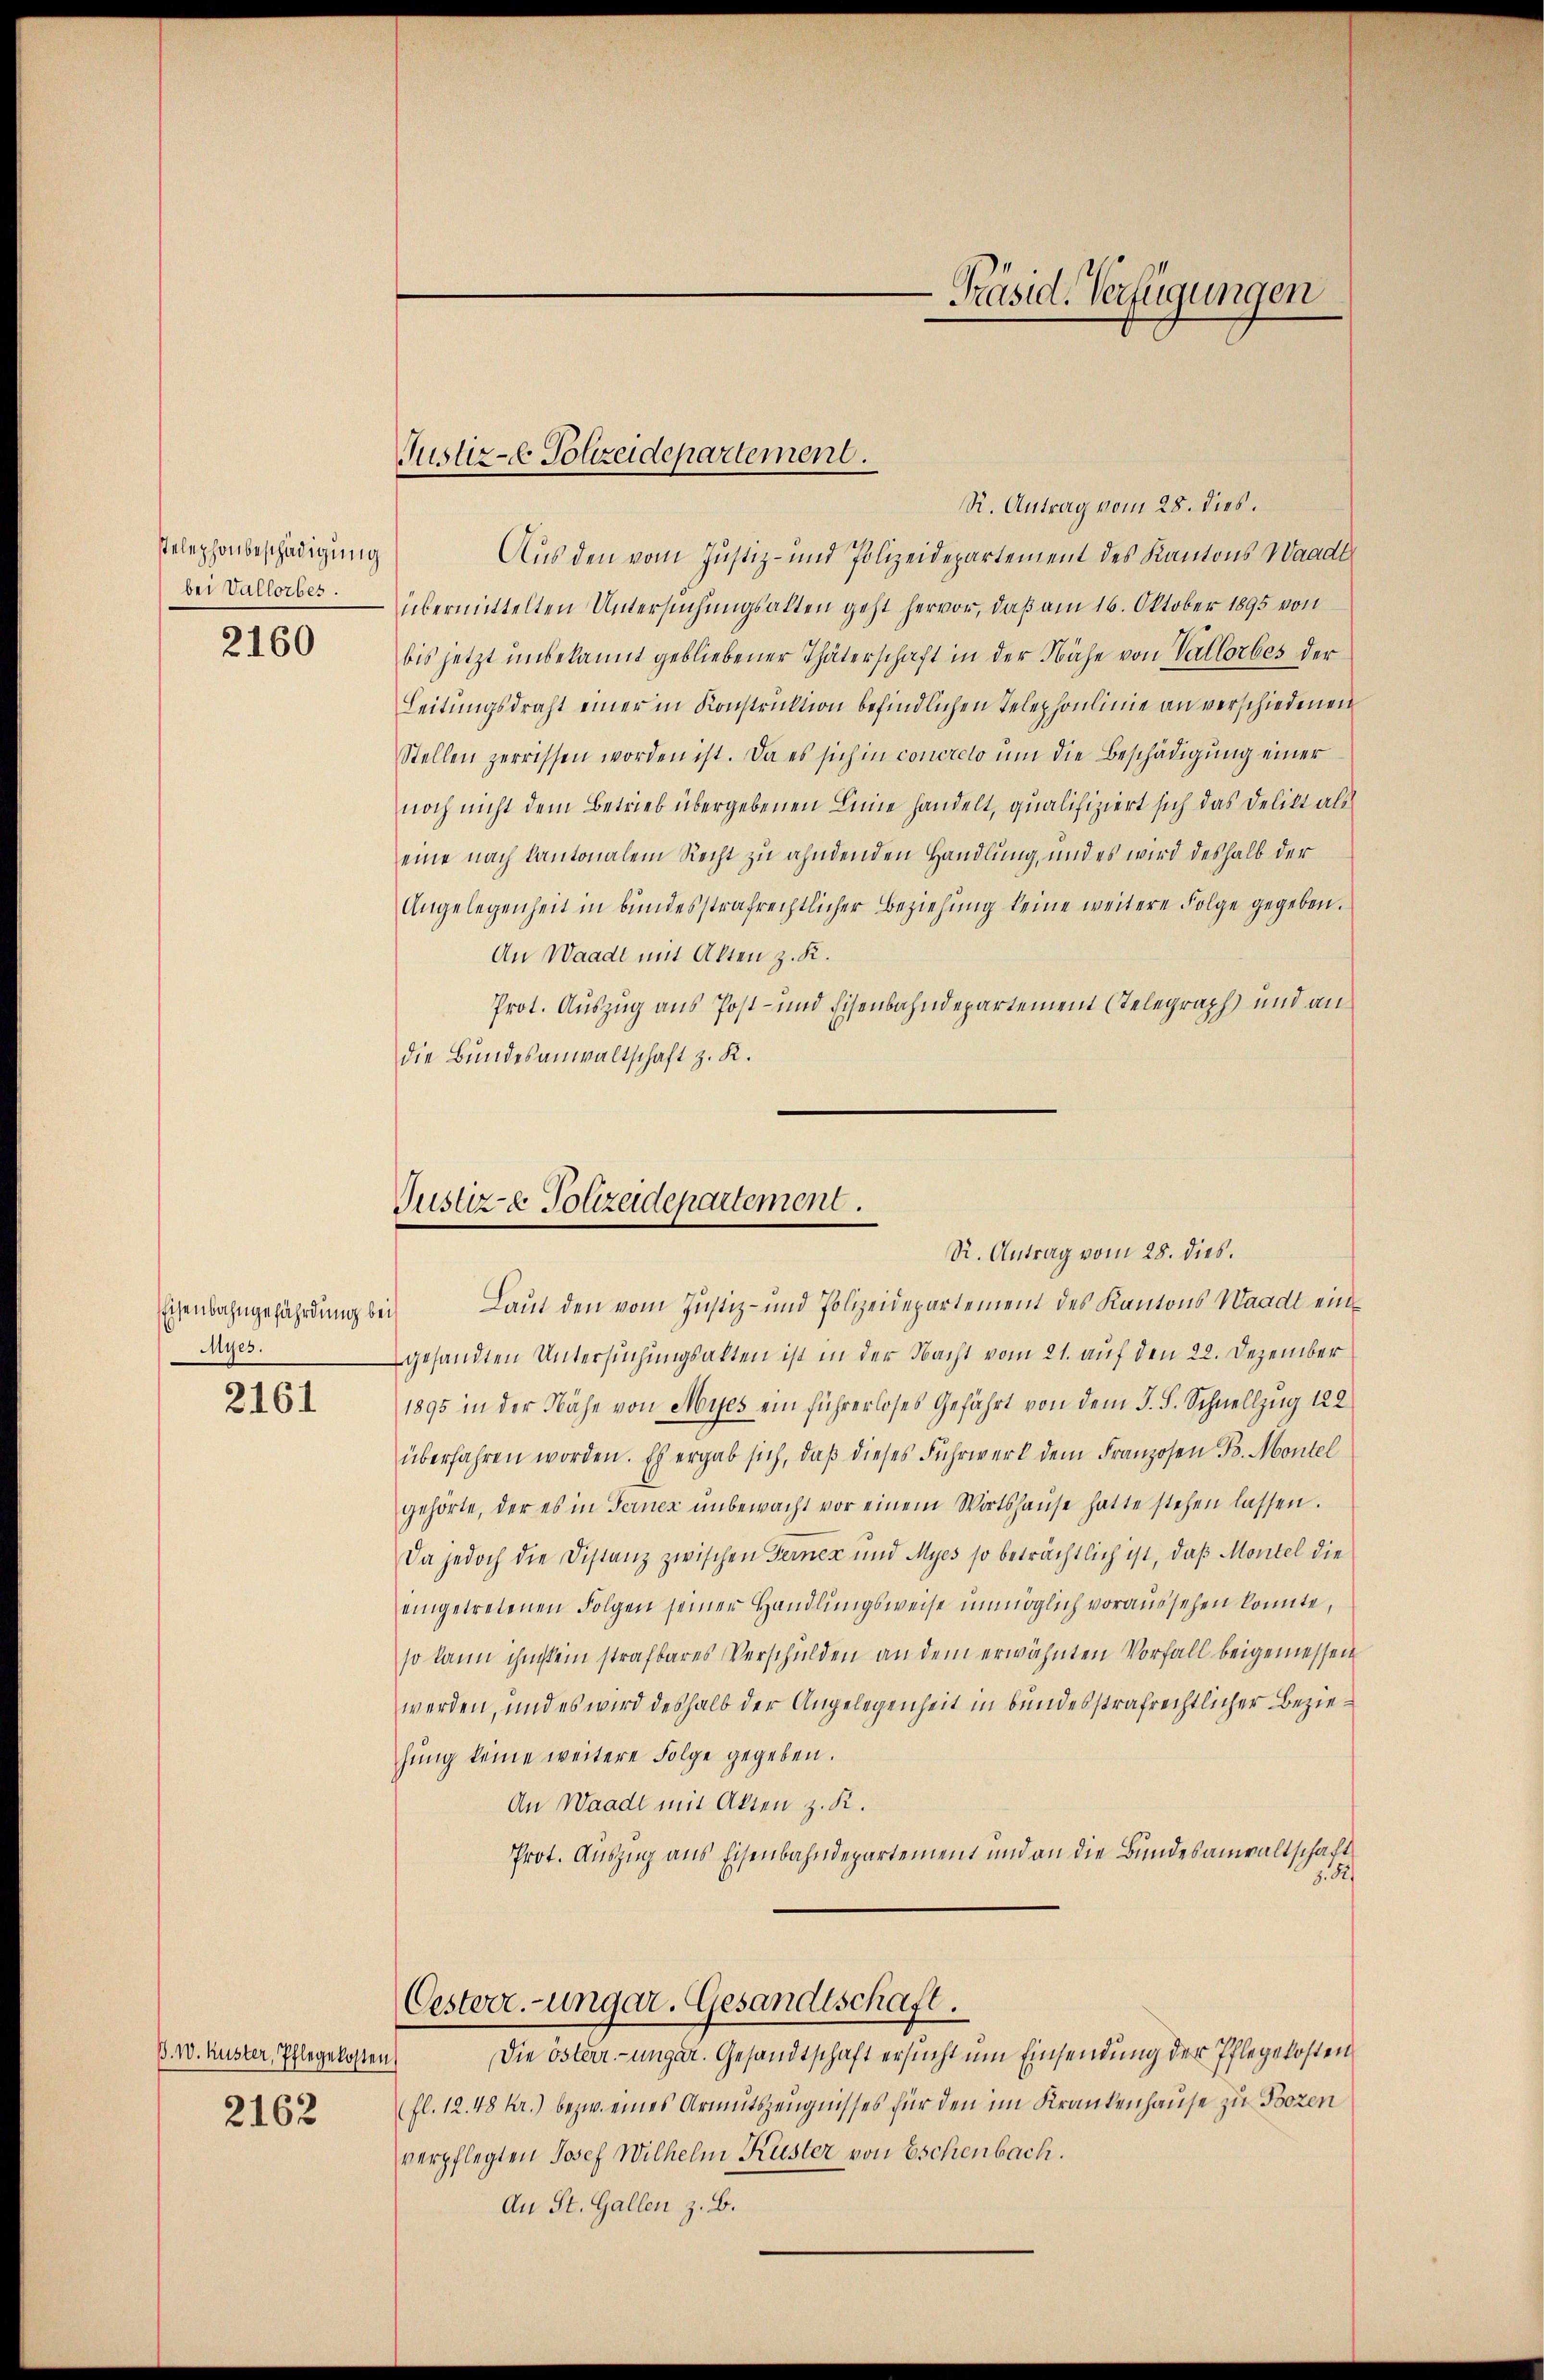
stelephonbeschädigung
bei Vallorbes.

2160

Eisenbahngefährdung bei
Myes.
2161

R. Antrag vom 28. dies.
Aus den vom Justiz- und Polizeidepartement des Kantons Waadt
übermittelten Untersuchungsalten geht hervor, daß am 16. Oktober 1895 von
bis jetzt unbekannt gebliebener Thäterschaft in der Nähe von Vallorbes der
Leitungsdraht einer in Konstruktion befindlichen Telephonlinie an verschiedenen
Stellen zerrissen worden ist. Da es sich in concrelo um die Beschädigung einer
noch nicht dem Betrieb übergebenen Leine handelt, qualifiziert sich das Delikt als
eine nach Kantonalem Recht zu ahndenden Handlung, und es wird deshalb der
Angelegenheit in bundesstrafrechtlicher Beziehŭng keine weitere Folge gegeben.
An Waadt mit Alten z. K.
Prot. Auszug aus Post- und Eisenbahndepartement (Telegraph und andie Bundesanwaltschaft z. K.

Laut den vom Justiz- und Polizeidepartement des Kantons Waadt eingesandten Untersuchungsalten ist in der Nacht vom 21. auf den 22. Dezember
1895 in der Nähe von Mues ein führerloses Gefährt von dem J. F. Schnellzug 122
überfahren worden. Es ergab sich, daβ dieses Fuhrwerk dem Franzosen B. Montel
gehörte, der es in Ferner ŭnbewacht vor einem Wortshaŭse hatte stehen lassen.
Da jedoch die Distanz zwischen Ferner und Myes so beträchtlich ist, daß Montel die
eingetretenen Folgen seiner Handlŭngsweise unmöglich voraussehen konnte,
so kann ihm kein strafbares Verschulden an dem erwähnten Vorfall beigemessen
werden, und es wird deshalb der Angelegenheit in bundesstrafrechtlicher Beziehung keine weitere Folge gegeben.
An Waadt mit Akten z. R.
Prot. Auszug aus Eisenbahndepartement und an die Bundesanwaltschaft
8.50
Oesterr.-ungar. Gesandtschaft.
Die österr.-ungar. Gesandtschaft ersucht um Einsendung der Pflegekosten
(fl. 12. 48 Kr.) bezw. eines Armutszeugnisses für den im Krankenhause zu Bozen
verpflegten Josef Wilhelm Küster von Eschenbach.
An St. Gallen z. B.

B. W. Kuster, Pflegekosten
2162

Justiz- Polizeidepartement.

Präsid. Verfügungen

Justiz- & Polizeidepartement.
R. Antrag vom 28. dies.